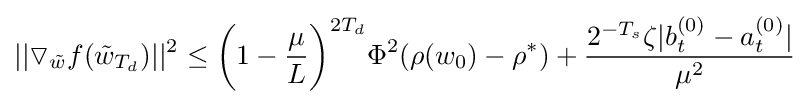
||\triangledown _{\tilde {w}}f({\tilde {w}}_{T_{d}})||^{2}\leq {\bigg (}1-{\frac {\mu }{L}}{\bigg )}^{2T_{d}}\Phi ^{2}(\rho (w_{0})-\rho ^{*})+{\frac {2^{-T_{s}}\zeta |b_{t}^{(0)}-a_{t}^{(0)}|}{\mu ^{2}}}